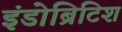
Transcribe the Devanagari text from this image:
इंडोब्रिटिश